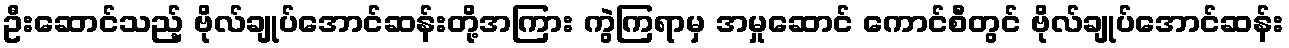
ဦးဆောင်သည့် ဗိုလ်ချုပ်အောင်ဆန်းတို့အကြား ကွဲကြရာမှ အမှုဆောင် ကောင်စီတွင် ဗိုလ်ချုပ်အောင်ဆန်း